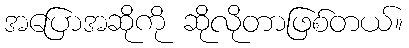
အပြောအဆိုကို ဆိုလိုတာဖြစ်တယ်။